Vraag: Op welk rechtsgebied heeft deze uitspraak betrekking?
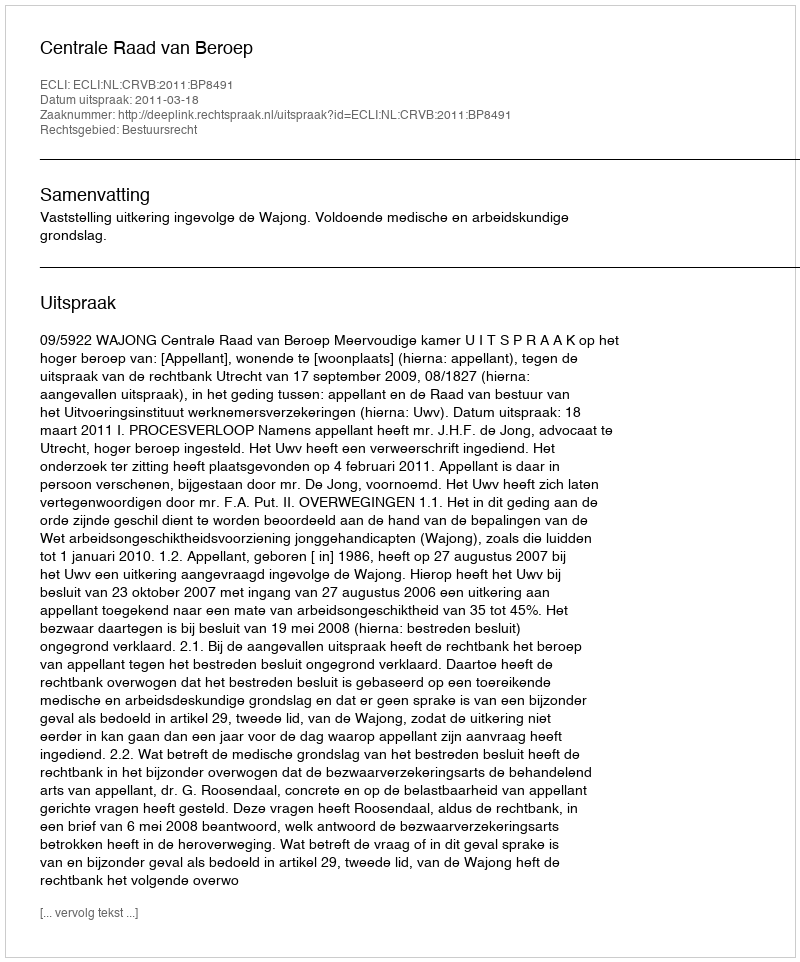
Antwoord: Bestuursrecht